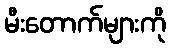
မီးတောက်များကို